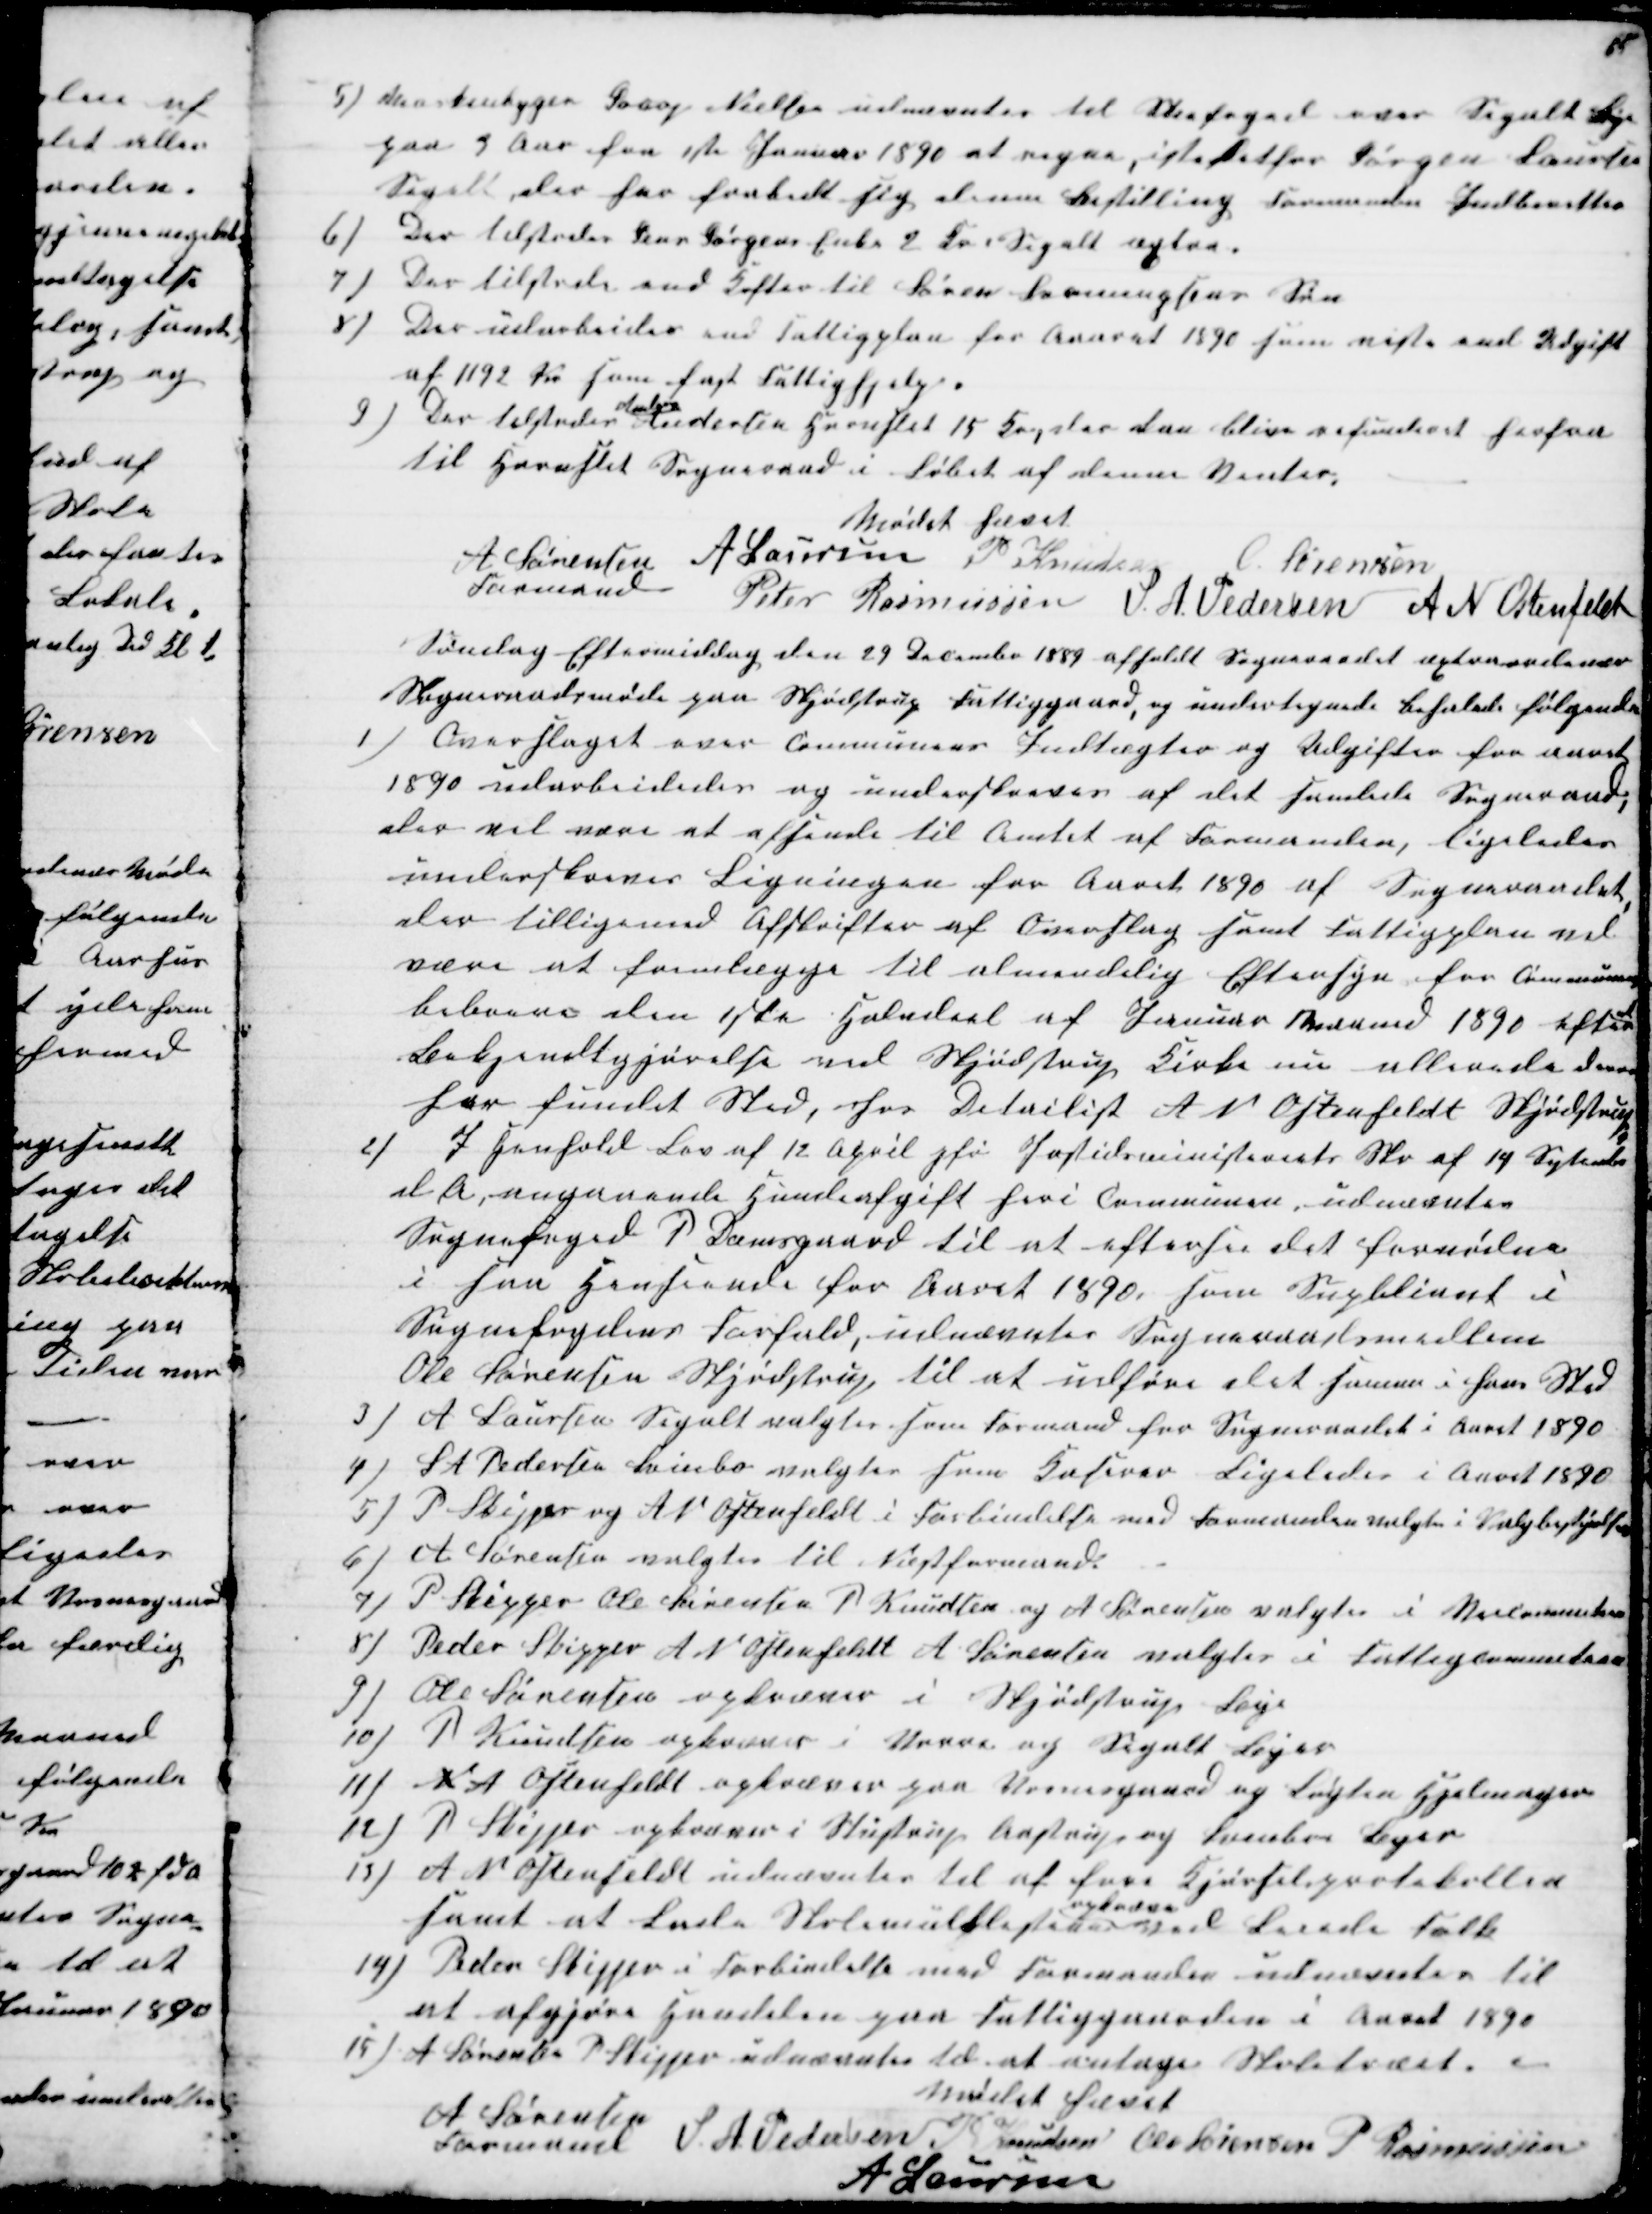
Transskription:
5) Maskinbyger Jacop Nielsen udnævntes til Snefoged over Segalt Bye
paa 3 Aar fra 1ste Januar 1890 at regne, istedetfor Jørgen Laursen
Segalt der har frabedt sig denne Bestilling Formanden Indberetter
6)
Der tilstodes Jens Jørgens Enke 2 Fv Segalt æxtra.
7) 
Der tilstodes end Kefter til Søren Svenningsens Søn
8)
Der udarbeides end Fattigplan for Aaret 1890 som viste end Udgift
af 1192 Kr som fast Fattighjelp.
9)Der tilstodes 
Anders
Andersen Hornslet 15 Fv, der kan blive refunderet herfra
til Hornslet Sogneraad i Løbet af denne Vinter,
Mødet hævet
A Sørensen
Formand
A Laursen P. Knudsen
O. Sørensen
Peter Rasmussen S. A. Pedersen
A N Ostenfeldt
Søndag Eftermiddag den 29 December 1889 afholdt Sogneraadet æxtraordinær
Sogneraadsmøde paa Skjødstrup Fattiggaard, og undertegnede behanlede følgende
1)
Overslaget over Communens Indtægter og Udgifter for Aaret
1890 udarbeidedes og underskreves af det samlede Sogneraad,
der vil være at afsende til Amtet af Formanden, ligeledes
underskreves Ligningen for Aaret 1890 af Sogneraadet
der tilligemed Afskrifter af Overslag samt Fattigplan vil
være at fremlægge til almindelig Eftersyn for Communens
beboere den 1ste Halvdeel af Januar Maaned 1890 efter
at
Bekjendtgjørelse ved Skjødstrup Kirke nu allerede denne
har fundet Sted, hos Detailist A N Ostenfeldt Skjødstrup
2)
I Henhold Lov af 12 April jfø Justitsministeriets Skr af 14 Septembr
d A, angaaende Hundeafgift heri Communen, udnævntes
Sognefoged P Damsgaard til at efterse det fornødne
i saa Henseende for Aaret 1890, som Supbliant i
Sognefogdens Forfald, udnævntes Sogneraadsmellem
Ole Sørensen Skjødstrup til at udføre det samme i hans Sted
3) A Laursen Segalt valgtes som Formand fra Sogneraadet i Aaret 1890
4)
S A Pedersen Svinbo valgtes som Kaserer Ligeledes i Aaret 1890
5) P Skipper og A N Ostenfeldt i Forbindelse med Formanden valgtes i Valgbestyrelsen
6) A Sørensen valgtes til Næstformand
7) P Skipper Ole Sørensen P. Knudsen og A Sørensen valgtes i Veicommiteen
8) Peder Skipper A N Ostenfeldt A Sørensen valgtes i Fattigcommiteen
9) Ole Sørensen opkræver i Skjødstrup Bye
10) P. Knudsen opkræver i Vorre og Segalt Byer
11) N A Ostenfeldt opkræver paa Vosnesgaard og Løgten Hjelmager
12) P Skipper opkræver i Stustrup Aastrup og Svinbos Byer
13) A N Ostenfeldt udnævntes til at føre Kjørselsprotokollen
samt at Lade Skolemulklisterne 
opkræve
ved Leiede Folk
14) Peder Skipper i Forbindelse med Formanden udnævntes til
at afgjøre Handelen paa Fattiggaarden i Aaret 1890
15) A Sørensen P Skipper udnævntes til at antage Skoletræet. 
Mødet hævet
A Sørensen
Formand 
S. A. Pedersen P Knudsen Ole Sørensen P Rasmussen
A Laursen